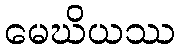
မေဃိယဿ